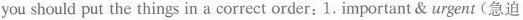
you should put the things in a correct order:1.Important & urgent (急迫